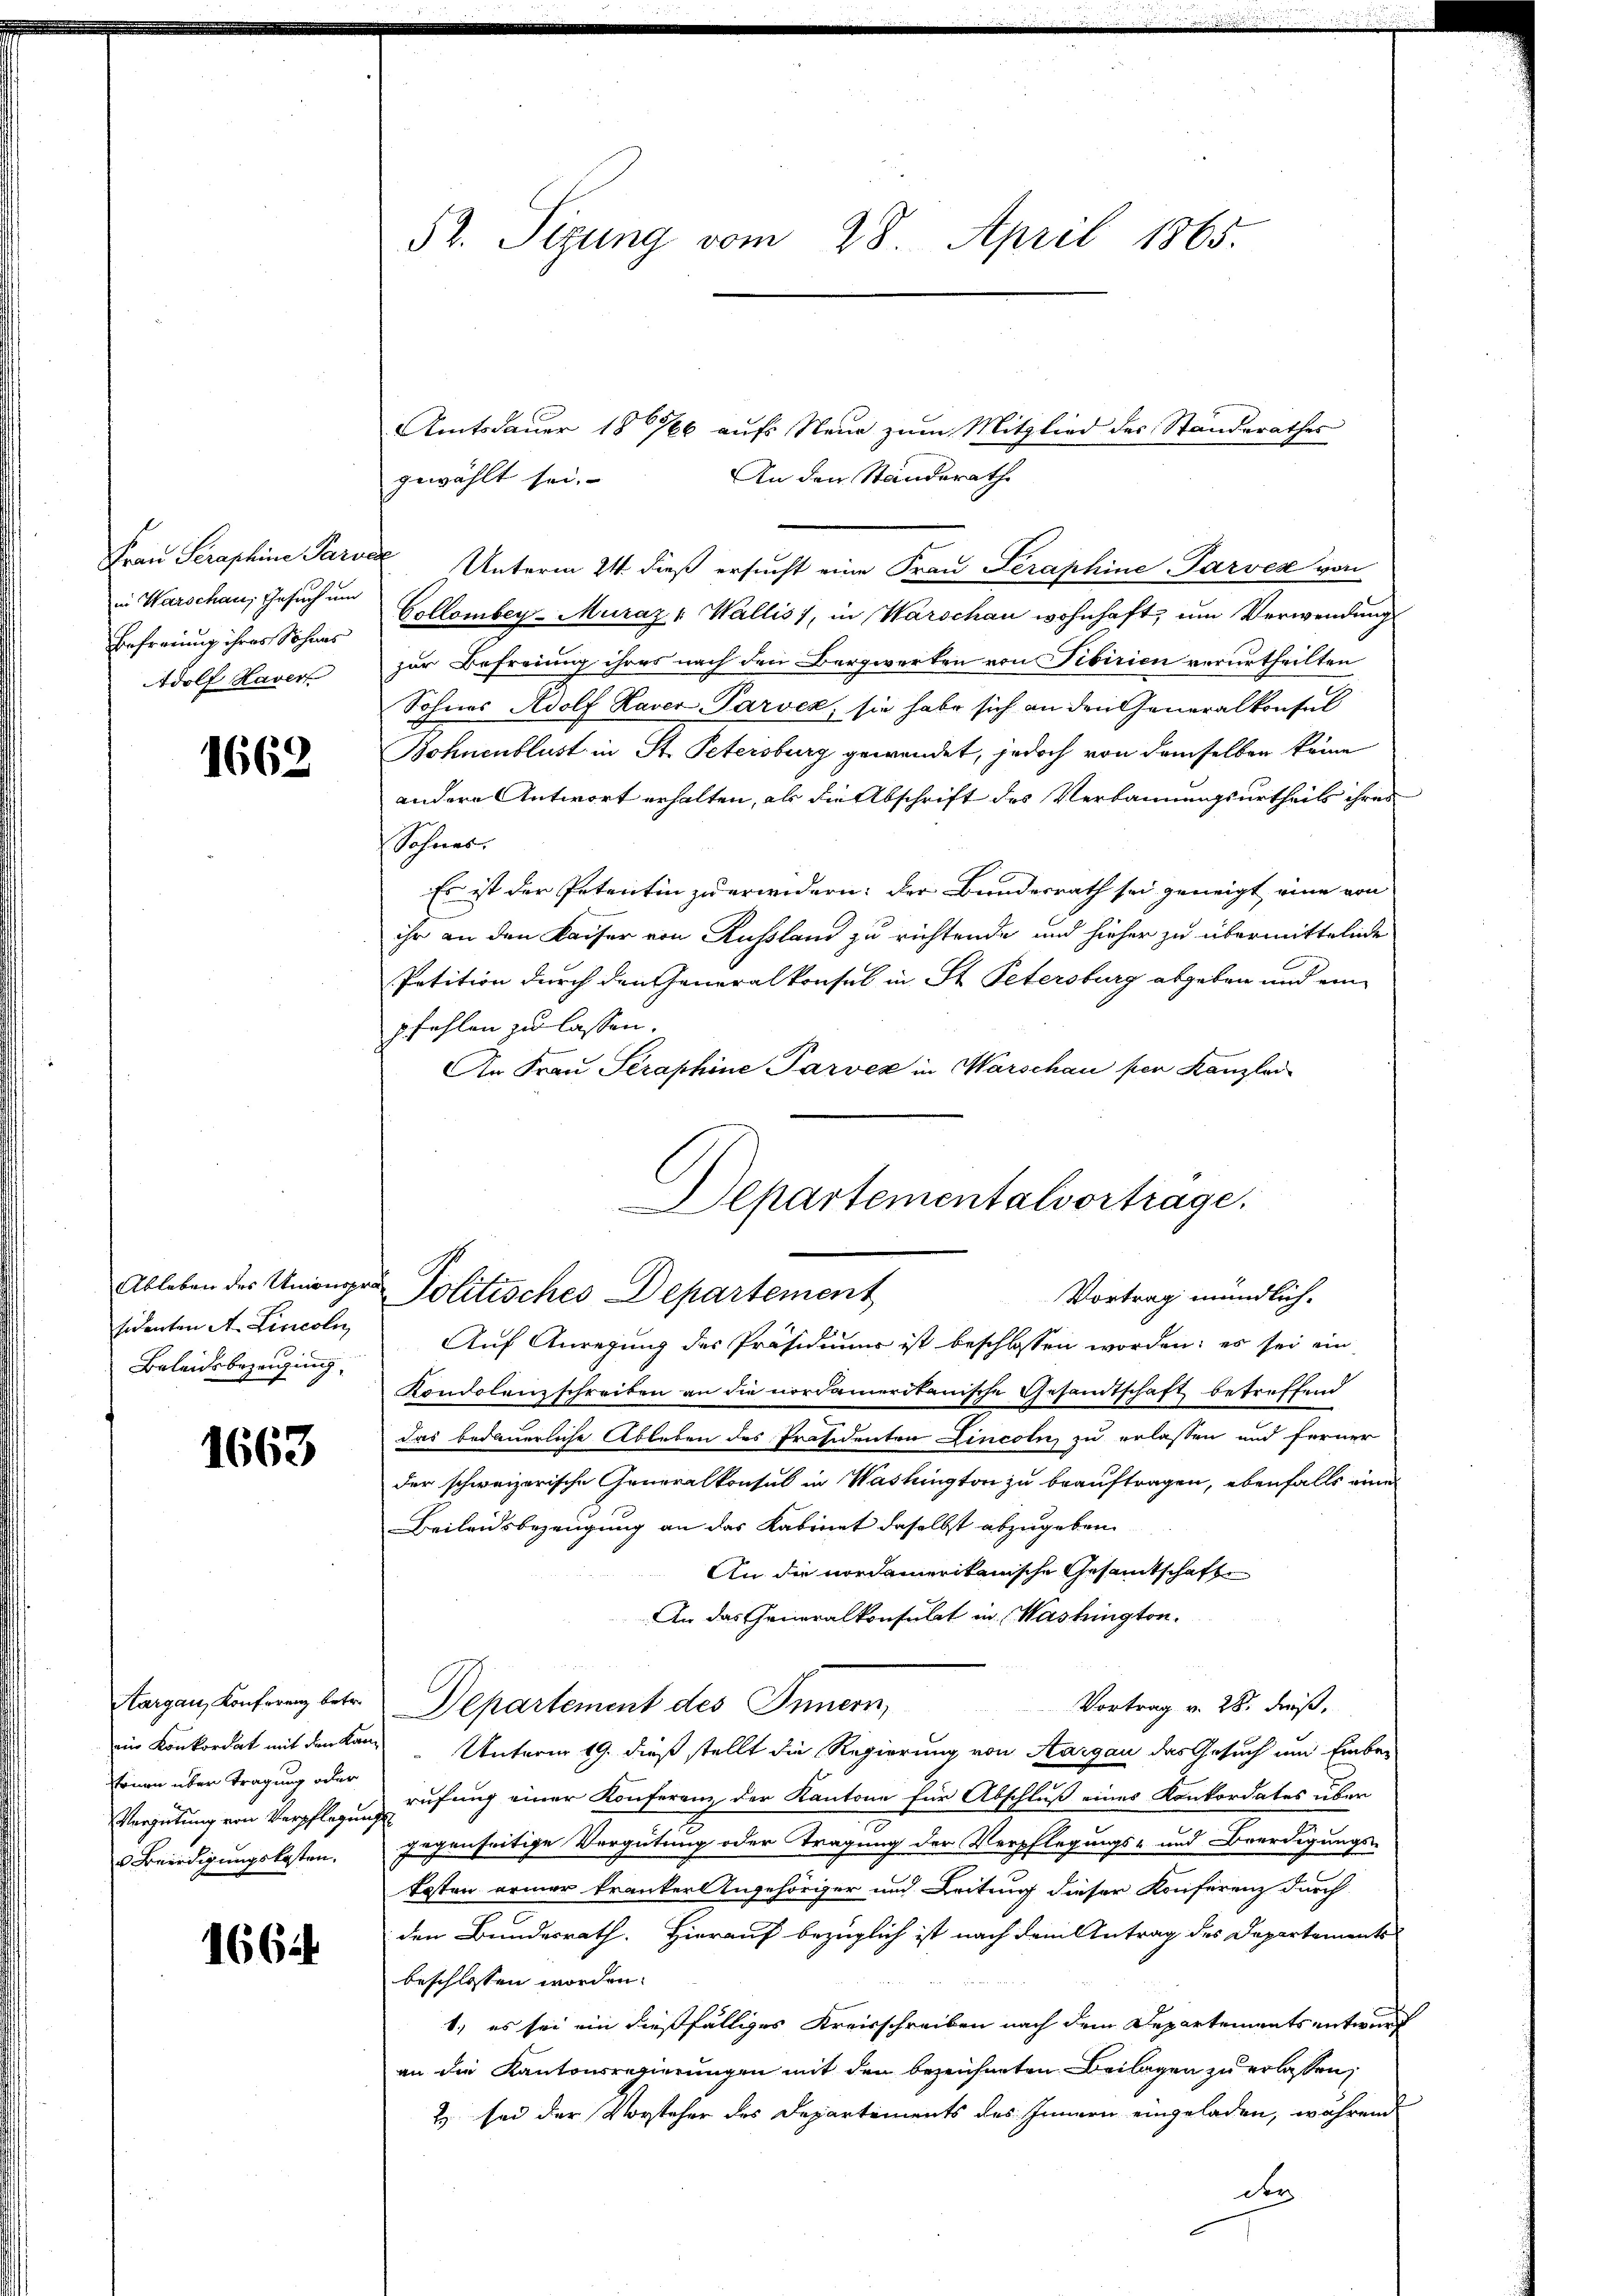
Frau Seraphine Pari
in Warschau, Gesuch um
Befreiung ihres Sohnes
Adolf Haver

1662

sidenten A. Lincoln
Beleidsbezeigung

1663

Aargau, Konferenz betr.
tönen über tragung oder
Vergütung von Verpflegungs¬
Beerdigungskosten.

1661

52. Sizung vom 28. April 1865.

Amtsdauer 1876 aufs Neue zum Mitglied des Standerathes
An den Standerathe
gewählt sei.
 Unterm 24. dieß ersucht eine Frau Seraphine-Parven von
Collomber-Muráz : Wallis), in Warschau wohnhaft, um Verwendung
zur Befreiung ihres nach den Bergwerken von Tibirien verurtheilten
Sohnes Adolf Haver Parock, sie habe sich an den Generalkonsul
Bohnenblust in St. Petersburg gewendet, jedoch von demselben keine
andere Antwort erhalten, als die Abschrift des Verbannungsurtheils ihres
Sohnes
Es ist der Petentin zu erwidern: der Bundesrath sei geneigt eine von
ihr an den Kaiser von Aussland zu richtende und hieher zu übermittelnde
Petition durch den Generalkonsul in St. Petersburg abgeben und eine
pfehlen zu lassen.
An Frau Straphine Parvex in Warschau per Kanzlei

Departementalvortrage.
Ableben des Unionsre Politisches Departement
Vortrag mündlich.

Auf Anregung des Präsidiums ist beschlossen worden; es sei ein
Kondolenz schreiben an die nordamerikanische Gesandtschaft betreffend
das bedauerliche Ableben des Präsidenten Lincoln, zu erlassen und ferner
der schweizerische Generalkonsul in Washington zu beauftragen, ebenfalls ein
Beileidsbezeugung an das Kabinet daselbst abzugeben.
An die nordamerikanische Gesamtschafte
An das Generalkonsulat in Washington.
Vortrag v. 28. dieß,
Departement des Innern,
ein Konkordat mit den kann Unterm 19. dieß stellt die Regierung von Aargau das Gesuch um Einber
rufung einer Konferenz der Kantone für Abschluß eines Konkordates über
fegenseitige Vergütung oder Tragung der Verpflegungs- und Beerdigungs-
kosten armer krankeringehöriger und Leitung dieser Konferenz durch
den Bundesrath. Hierauf bezüglich ist nach dem Antrag des Departements
beschlossen worden.
1. es sei ein dießfälliges Kreisschreiben nach dem Departementsentwurf
an die Kantonsregierungen mit den bezeichneten Beilagen zu erlassen,
2 sei der Vorsteher des Departements des Innern eingeladen, während
der